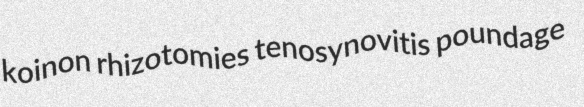
koinon rhizotomies tenosynovitis poundage